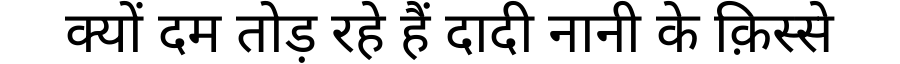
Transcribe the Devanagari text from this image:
क्यों दम तोड़ रहे हैं दादी नानी के क़िस्से